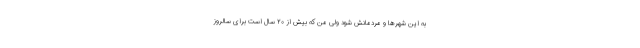
به این شهرها و مردمانش شود ولی من که بیش از ۲۰ سال است برای سالروز